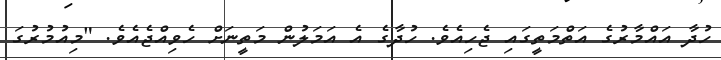
ހުދާ އައްމާރުގެ އަތްމަތީގައި ޖެހިއެވެ. ހުދާގެ އެ އަމަލުން މަތީނަށް ހެވިއްޖެއެވެ. "މިއުމުރުގަ